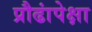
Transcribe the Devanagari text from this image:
प्रौढांपेक्षा